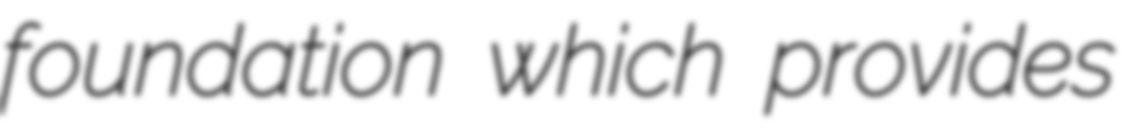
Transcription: foundation which provides